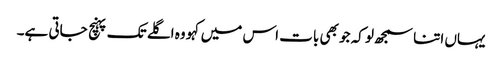
یہاں اتنا سمجھ لو کہ جو بھی بات اس میں کہو وہ اگلے تک پہنچ جاتی ہے۔